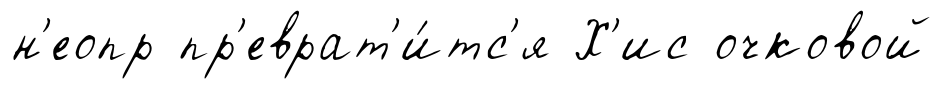
н'еопр пр'еврат'и́тс'я Х'ис очковой